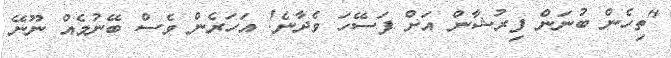
"ތިހެން ބުނަން ފިރުޝާން އަށް ފަސޭހަ ވެދާނެ! އަހަރެން ވެސް ބޭނުމެއް ނޫނޭ